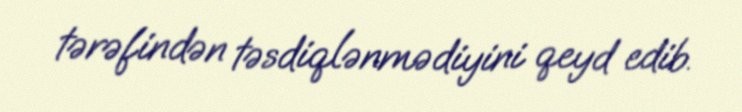
tərəfindən təsdiqlənmədiyini qeyd edib.